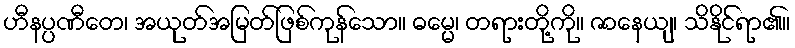
ဟီနပ္ပဏီတေ၊ အယုတ်အမြတ်ဖြစ်ကုန်သော။ ဓမ္မေ၊ တရားတို့ကို။ ဇာနေယျ၊ သိနိုင်ရာ၏။